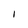
Character: 1